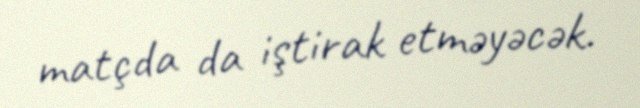
matçda da iştirak etməyəcək.